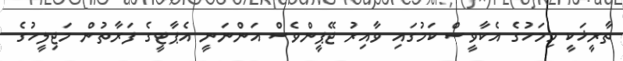
ތާރީޚަކީ މިމަހުގެ އެކާވީސް ކަމުގައި ވާއިރު ޖޭޕީންވެސް އަންނަނީ އެޕާޓީގެ ފަރާތުން މަޖިލީހުގެ